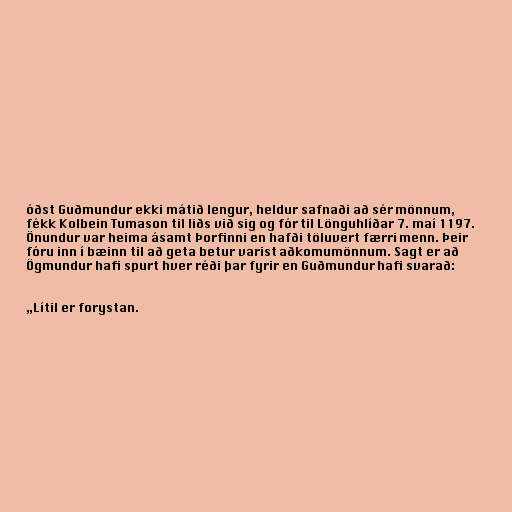
óðst Guðmundur ekki mátið lengur, heldur safnaði að sér mönnum,
fékk Kolbein Tumason til liðs við sig og fór til Lönguhlíðar 7. maí 1197.
Önundur var heima ásamt Þorfinni en hafði töluvert færri menn. Þeir
fóru inn í bæinn til að geta betur varist aðkomumönnum. Sagt er að
Ögmundur hafi spurt hver réði þar fyrir en Guðmundur hafi svarað:

„Lítil er forystan.